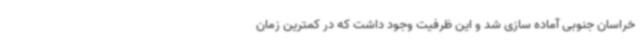
خراسان جنوبی آماده سازی شد و این ظرفیت وجود داشت که در کمترین زمان